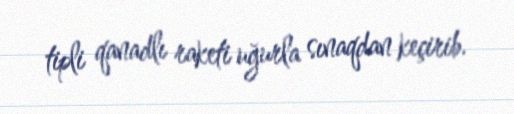
tipli qanadlı raketi uğurla sınaqdan keçirib.